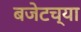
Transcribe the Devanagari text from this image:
बजेटच्या